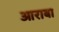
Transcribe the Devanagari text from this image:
आराबा